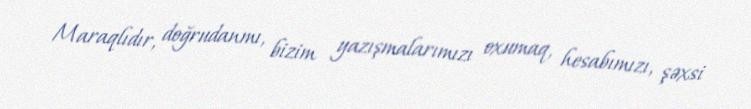
Maraqlıdır, doğrudanmı, bizim yazışmalarımızı oxumaq, hesabımızı, şəxsi